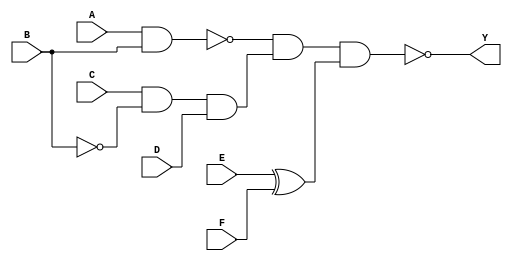
module sample(A,B,C,D,E,F,Y);
input A,B,C,D,E,F;
output Y;
wire w1,w2,w3;

nand G1 (w1,A,B);
and G2 (w2,C,~B,D);
xor G3 (w3,E,F);
nand G4 (Y,w1,w2,w3);

endmodule